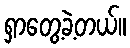
ရှာတွေ့ခဲ့တယ်။